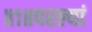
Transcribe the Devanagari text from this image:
॥१॥परल्यां